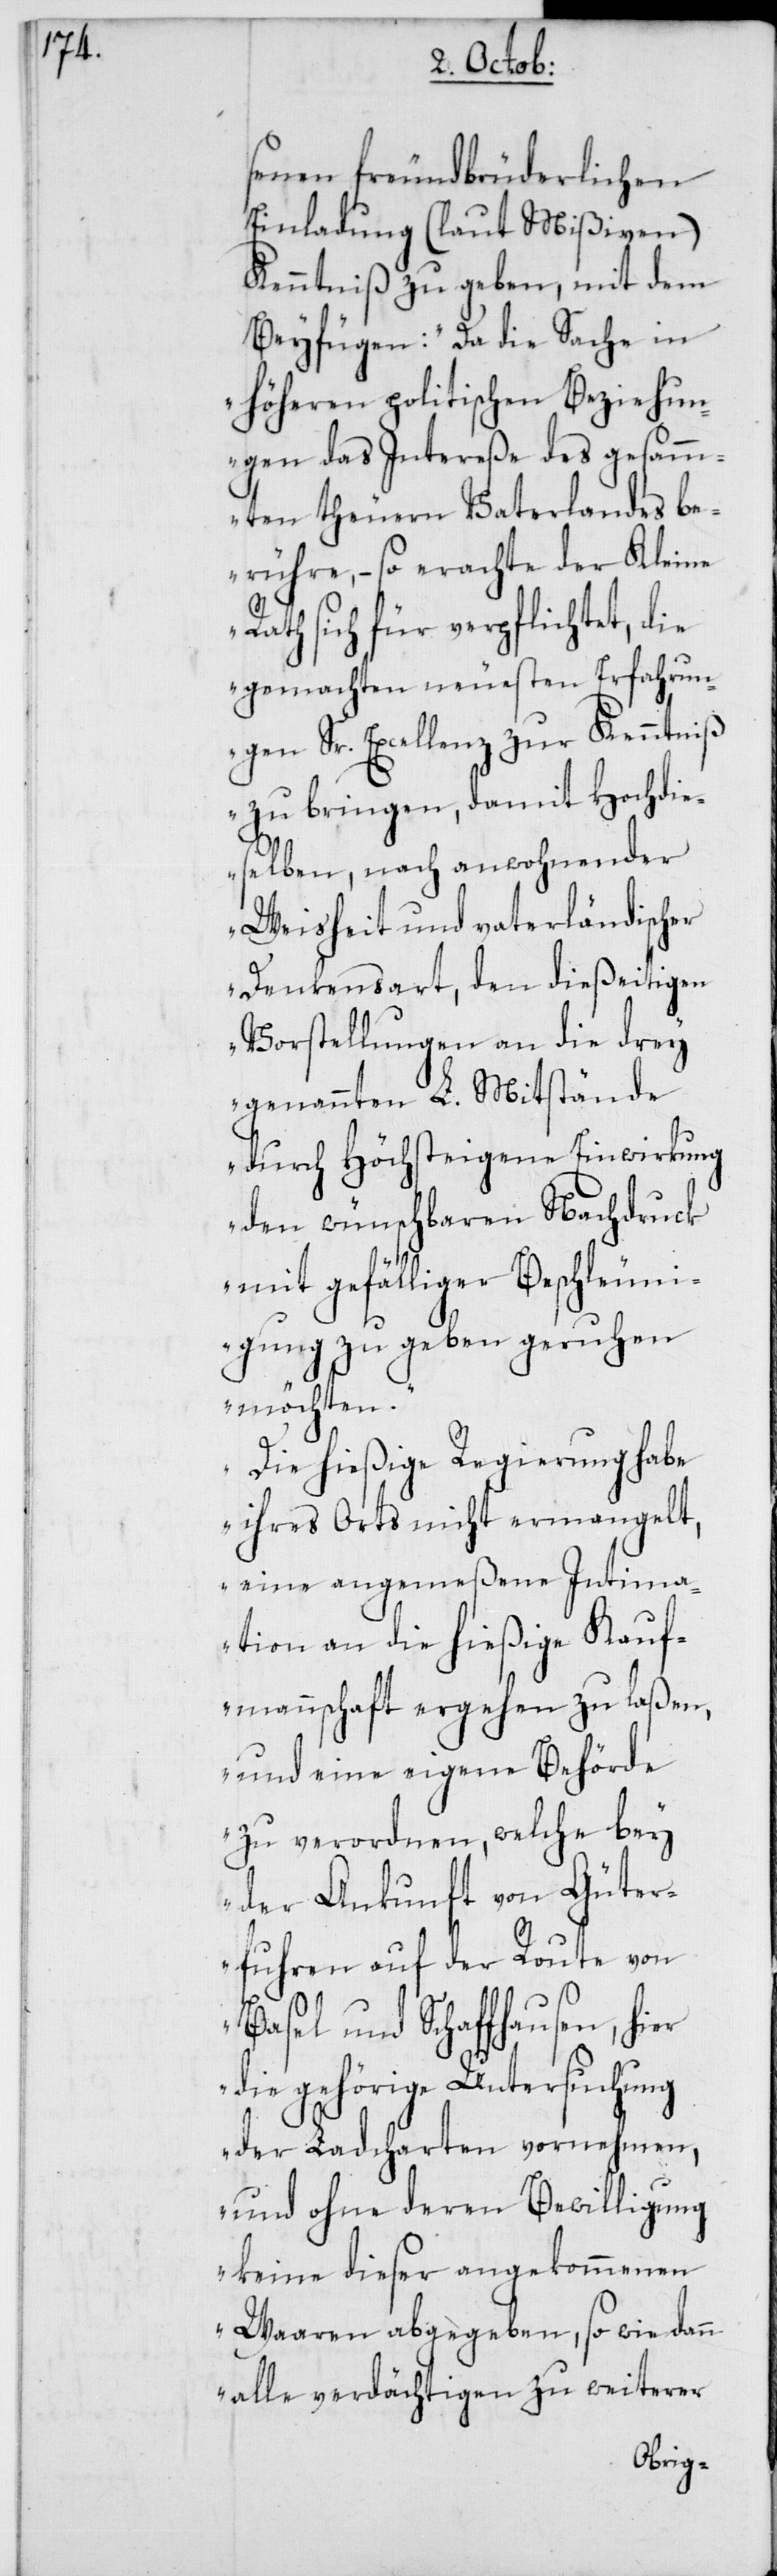
senen freundbrüderlichen
Einladung (laut Mißiven)
Kenntniß zu geben, mit dem
Beyfügen: „Da die Sache in
höheren politischen Beziehun¬
gen das Intereße des gesamm¬
ten theuren Vaterlandes be¬
rühre, – so erachte der Kleine
Rath sich für verpflichtet, die
gemachten neuesten Erfahrun¬
gen Sr. Excellenz zur Kenntniß
zu bringen, damit Hochdie¬
selben, nach anwohnender
Weisheit und vaterländischer
Denkensart, den dießeitigen
Vorstellungen an die drey
genannten L. Mitstände
durch Höchsteigene Einwirkung
den wünschbaren Nachdruck
mit gefälliger Beschleun¬
igung zu geben geruhen
möchten.
Die hießige Regierung habe
ihres Orts nicht ermangelt,
eine angemeßene Intima¬
tion an die hießige Kauf¬
mannschaft ergehen zu laßen,
und eine eigene Behörde
zu verordnen, welche bey
der Ankunft von Güter¬
fuhren auf der Route von
Basel und Schaffhausen, hier
die gehörige Untersuchung
der Ladcharten vornehmen,
und ohne deren Bewilligung
keine dieser angekommenen
Waaren abgegeben, so wie dann
alle verdächtigen zu weiterer